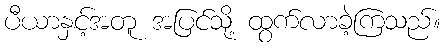
ပီယာနှင့်အတူ အပြင်သို့ ထွက်လာခဲ့ကြသည်။